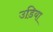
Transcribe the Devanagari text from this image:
उडि़या